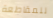
للمقاطعة